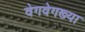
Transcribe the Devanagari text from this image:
वेगवेगख्या